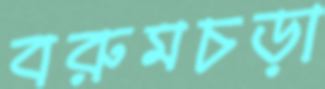
বরুমচড়া